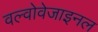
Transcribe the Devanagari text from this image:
वल्वोवेजाइनल